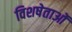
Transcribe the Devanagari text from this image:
विशषेताओं